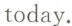
today.